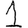
Digit: 1